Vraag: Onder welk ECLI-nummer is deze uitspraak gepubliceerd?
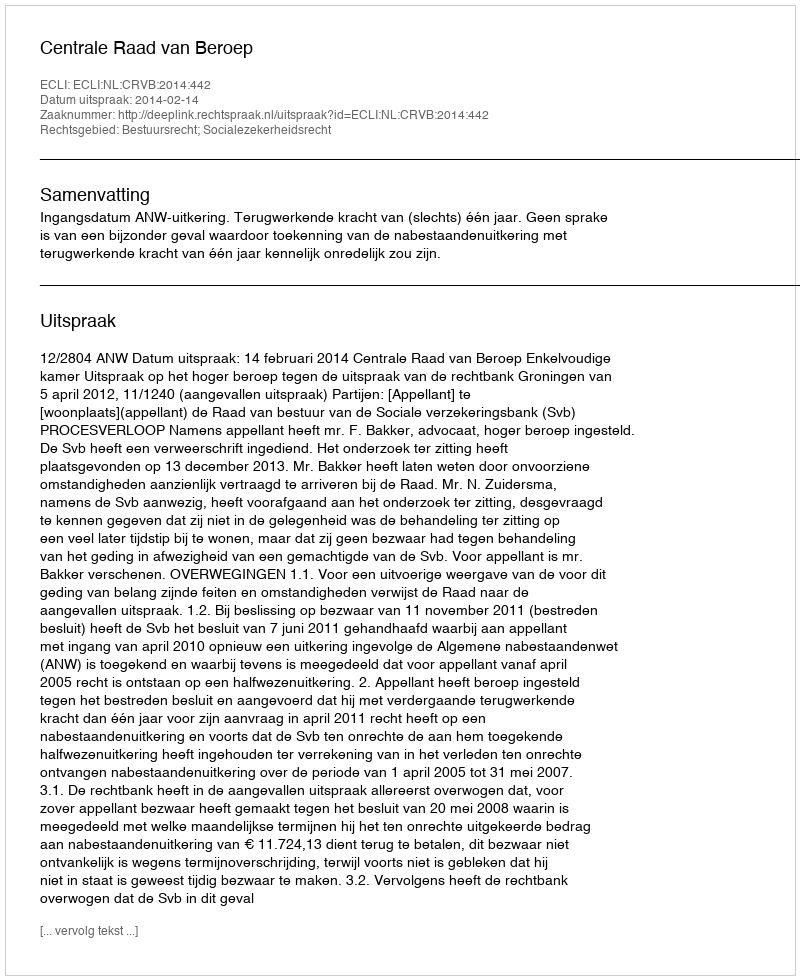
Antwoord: ECLI:NL:CRVB:2014:442